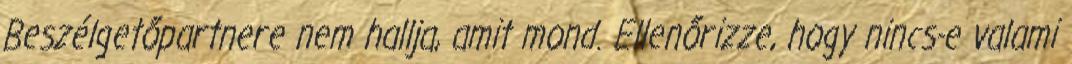
Beszélgetőpartnere nem hallja, amit mond. Ellenőrizze, hogy nincs-e valami